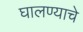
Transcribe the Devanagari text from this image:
घालण्‍याचे